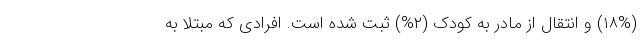
(۱۸%) و انتقال از مادر به کودک (۲%) ثبت شده است. افرادی که مبتلا به